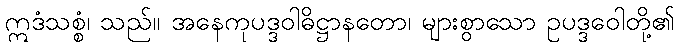
ဣဒံသစ္စံ၊ သည်။ အနေကုပဒ္ဒဝါဓိဋ္ဌာနတော၊ များစွာသော ဥပဒ္ဒဝေါတို့၏